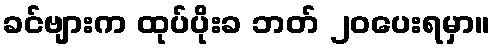
ခင်ဗျားက ထုပ်ပိုးခ ဘတ် ၂၀ပေးရမှာ။